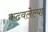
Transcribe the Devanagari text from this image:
कढवलेल्या